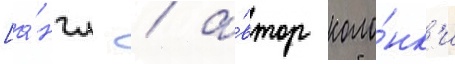
[а́нгл. / а́втор коло́нк'и